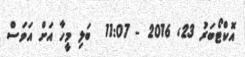
އޮކްޓޯބަރު 23